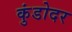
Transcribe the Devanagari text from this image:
कुंडोदर